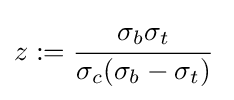
z:={\cfrac {\sigma _{b}\sigma _{t}}{\sigma _{c}(\sigma _{b}-\sigma _{t})}}~